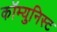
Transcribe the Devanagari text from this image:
कॉम्युनिस्ट